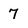
Character: 7